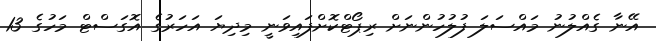
އޭނާ ގެއްލުނު މައްސަލަ ފުލުހުންނަށް ރިޕޯޓްކޮށްފައިވަނީ މިދިޔަ އަހަރުގެ އޮގަސްޓް މަހުގެ 13